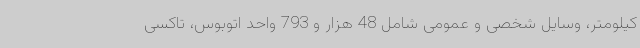
کیلومتر، وسایل شخصی و عمومی شامل 48 هزار و 793 واحد اتوبوس، تاکسی